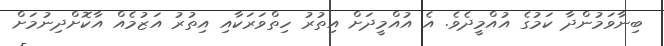
ބިނާވަމުންދާ ކަމުގެ އުއްމީދެވެ. އެ އުއްމީދަށް އިތުރު ހިތްވަރަކާއި އިތުރު އަޒުމެއް އާކޮށްދިނުމަށް